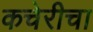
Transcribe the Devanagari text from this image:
कचेरीचा